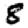
Digit: 8